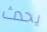
يحدث